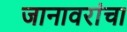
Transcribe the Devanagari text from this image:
जानावरांचा